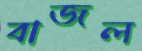
বাজল